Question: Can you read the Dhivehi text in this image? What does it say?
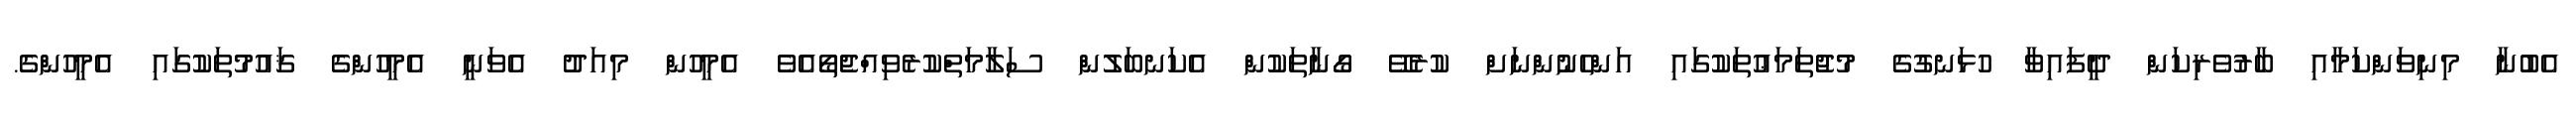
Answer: އެބުނާ މިނިވަންކަމާއި ބާރުވެރިކަން ދީފައިވާ ހުޅަނގުގެ މުޖުތަމަޢުތަކުގައި އަންހެނުންނަށް ކުރެވޭ ގޯނާތަކުން އެކަނބަލުން ސަލާމަތްކުރެވިއްޖެތޯއެވެ އެމީހުން މިއަދު އެވަނީ އެމީހުންގެ ޤައުމުތަކުގައި އެމީހުންގެ.